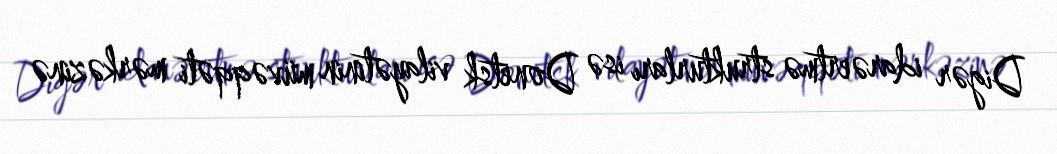
Digər idarəertmə strukturları isə Donetsk vilayətinin müvəqqəti mərkəzinə